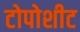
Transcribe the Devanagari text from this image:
टोपोशीट